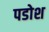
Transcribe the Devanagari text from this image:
पडोश